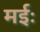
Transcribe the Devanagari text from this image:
मईः